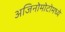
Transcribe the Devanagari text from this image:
अजिनोमोटोमध्ये